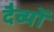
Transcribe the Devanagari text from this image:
दैव्यों